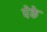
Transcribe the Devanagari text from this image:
पेके